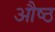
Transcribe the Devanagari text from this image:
औष्ठ